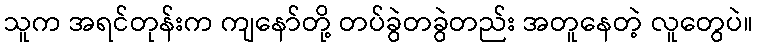
သူက အရင်တုန်းက ကျနော်တို့ တပ်ခွဲတခွဲတည်း အတူနေတဲ့ လူတွေပဲ။